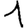
Digit: 1